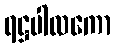
ရဋ္ဌပါလကော